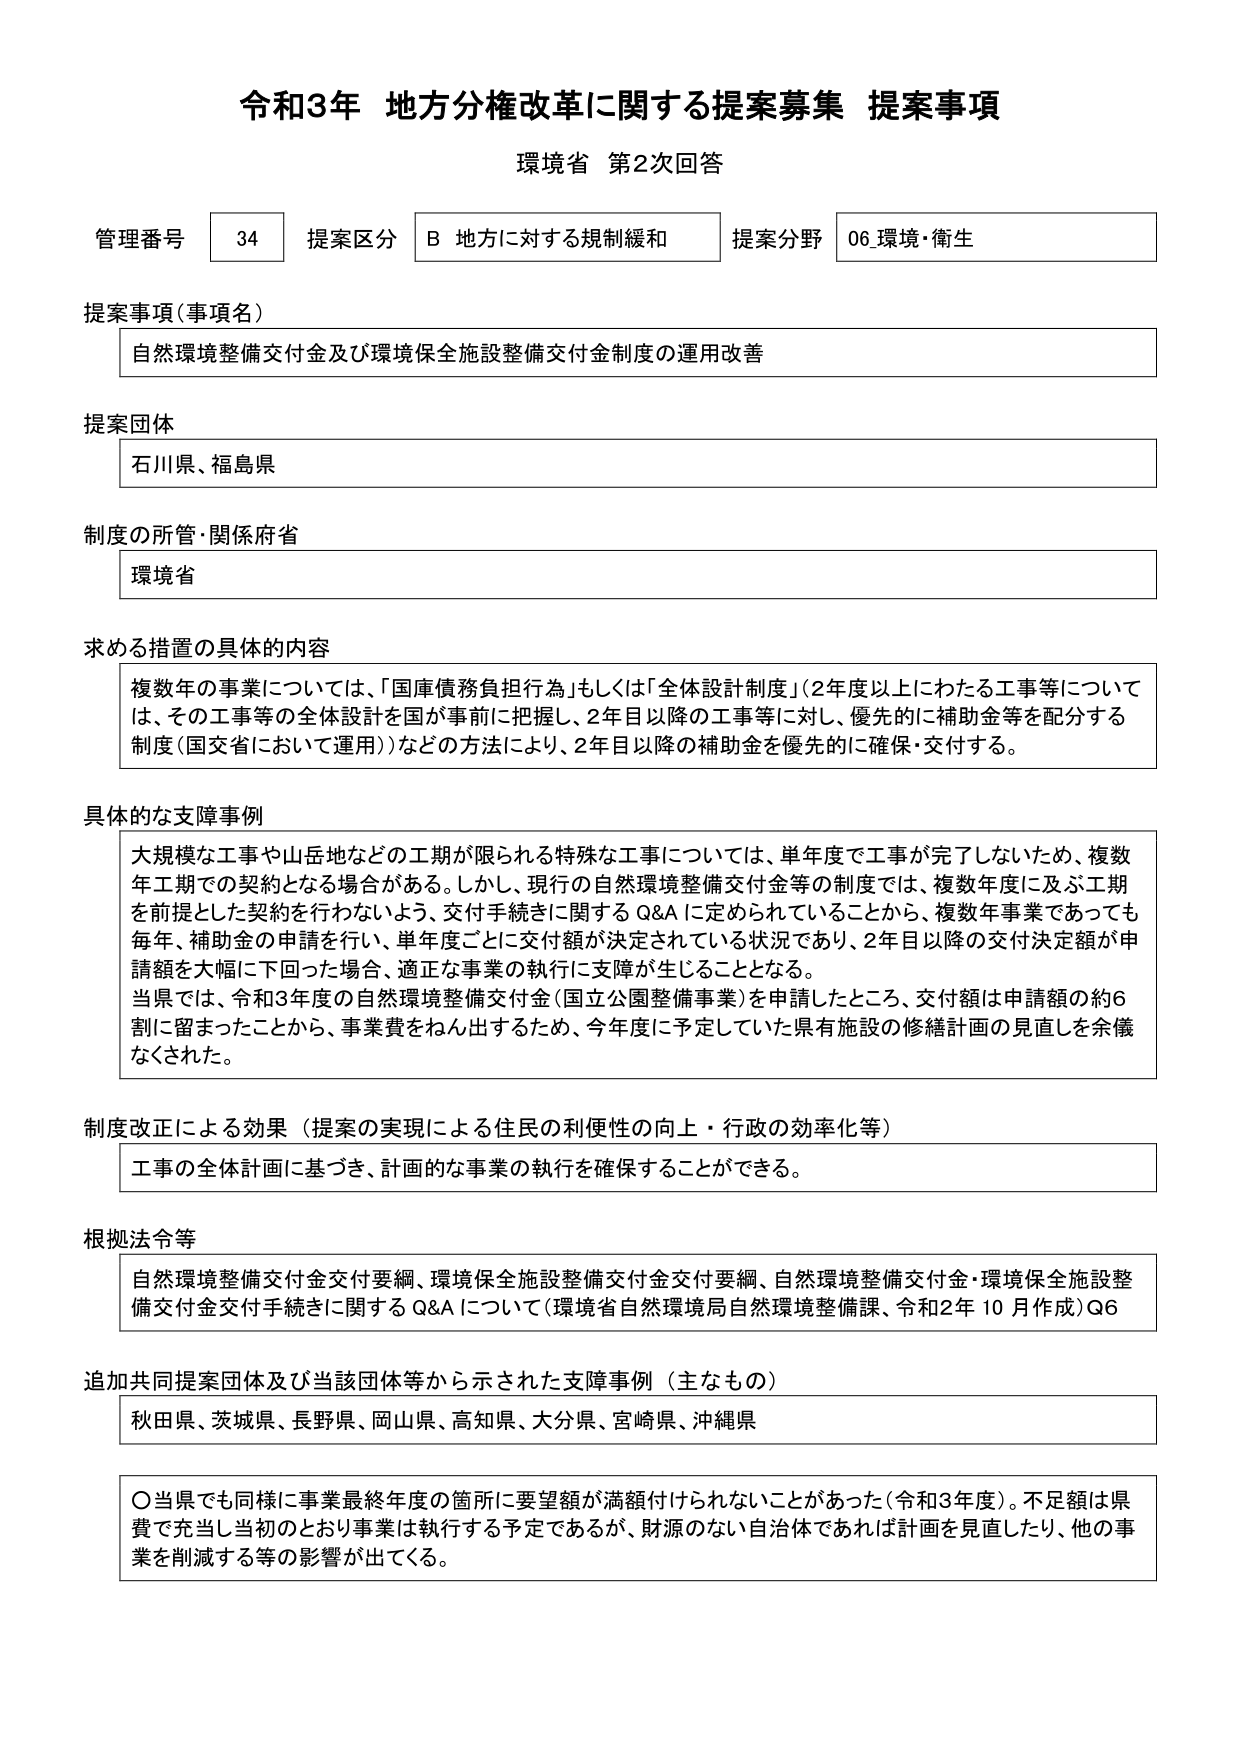
令和3年 地方分権改革に関する提案募集 提案事項
環境省 第2次回答

管理番号 34 提案区分 B 地方に対する規制緩和 提案分野 06 環境・衛生

提案事項（事項名）
自然環境整備交付金及び環境保全施設整備交付金制度の運用改善

提案団体
石川県、福島県

制度の所管・関係府省
環境省

求める措置の具体的内容
複数年の事業については、「国庫債務負担行為」もしくは「全体設計制度」（2年度以上にわたる工事等については、その工事等の全体設計を国が事前に把握し、2年目以降の工事等に対し、優先的に補助金等を配分する制度（国交省において運用））などの方法により、2年目以降の補助金を優先的に確保・交付する。

具体的な支障事例
大規模な工事や山岳地などの工期が限られる特殊な工事については、単年度で工事が完了しないため、複数年工期での契約となる場合がある。しかし、現行の自然環境整備交付金等の制度では、複数年度に及ぶ工期を前提とした契約を行わないよう、交付手続きに関するQ&Aに定められていることから、複数年事業であっても毎年、補助金の申請を行い、単年度ごとに交付額が決定されている状況であり、2年目以降の交付決定額が申請額を大幅に下回った場合、適正な事業の執行に支障が生じることとなる。
当県では、令和3年度の自然環境整備交付金（国立公園整備事業）を申請したところ、交付額は申請額の約6割に留まったことから、事業費をねん出するため、今年度に予定していた県有施設の修繕計画の見直しを余儀なくされた。

制度改正による効果（提案の実現による住民の利便性の向上・行政の効率化等）
工事の全体計画に基づき、計画的な事業の執行を確保することができる。

根拠法令等
自然環境整備交付金交付要綱、環境保全施設整備交付金交付要綱、自然環境整備交付金・環境保全施設整備交付金交付手続きに関するQ&Aについて（環境省自然環境局自然環境整備課、令和2年10月作成）Q6

追加共同提案団体及び当該団体等から示された支障事例（主なもの）
秋田県、茨城県、長野県、岡山県、高知県、大分県、宮崎県、沖縄県

〇当県でも同様に事業最終年度の箇所に要望額が満額付けられないことがあった（令和3年度）。不足額は県費で充当し当初のとおり事業は執行する予定であるが、財源のない自治体であれば計画を見直したり、他の事業を削減する等の影響が出てくる。